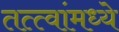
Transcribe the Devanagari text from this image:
तत्त्वांमध्ये